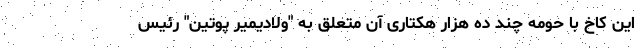
این کاخ با حومه چند ده هزار هکتاری آن متعلق به "ولادیمیر پوتین" رئیس